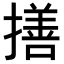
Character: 𢵈